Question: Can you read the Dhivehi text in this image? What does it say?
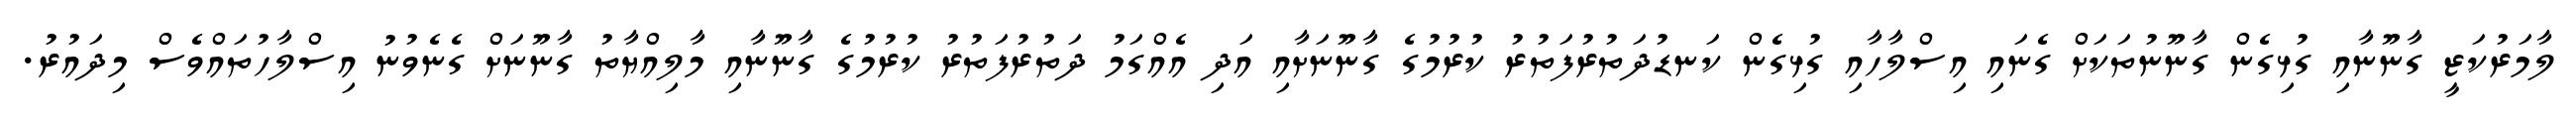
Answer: ލާމަރުކަޒީ ގާނޫނާއި ގުޅިގެން ގާނޫނުތަކަށް ގެނައި އިސްލާހާއި ގުޅިގެން ކަނޑުދަތުރުފަތުރު ކުރުމުގެ ގާނޫނަށާއި އަދި އެއްގަމު ދަތުރުފަތުރު ކުރުމުގެ ގާނޫނާއި މާލިއްޔާތު ގާނޫނަށް ގެނެވުނު އިސްލާހުތައްވެސް މިދައުރު.